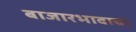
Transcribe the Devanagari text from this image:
बाजारभावाचा